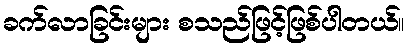
ခက်လာခြင်းများ စသည်ဖြင့်ဖြစ်ပါတယ်။